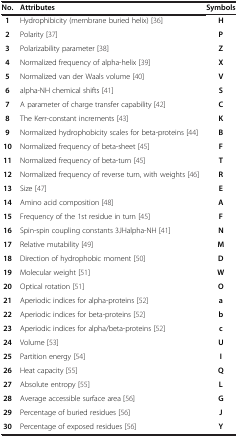
<table><thead><tr><td><b>No.</b></td><td><b>Attributes</b></td><td><b>Symbols</b></td></tr></thead><tbody><tr><td><b>1</b></td><td>Hydrophibicity (membrane buried helix) [36]</td><td><b>H</b></td></tr><tr><td><b>2</b></td><td>Polarity [37]</td><td><b>P</b></td></tr><tr><td><b>3</b></td><td>Polarizability parameter [38]</td><td><b>Z</b></td></tr><tr><td><b>4</b></td><td>Normalized frequency of alpha-helix [39]</td><td><b>X</b></td></tr><tr><td><b>5</b></td><td>Normalized van der Waals volume [40]</td><td><b>V</b></td></tr><tr><td><b>6</b></td><td>alpha-NH chemical shifts [41]</td><td><b>S</b></td></tr><tr><td><b>7</b></td><td>A parameter of charge transfer capability [42]</td><td><b>C</b></td></tr><tr><td><b>8</b></td><td>The Kerr-constant increments [43]</td><td><b>K</b></td></tr><tr><td><b>9</b></td><td>Normalized hydrophobicity scales for beta-proteins [44]</td><td><b>B</b></td></tr><tr><td><b>10</b></td><td>Normalized frequency of beta-sheet [45]</td><td><b>F</b></td></tr><tr><td><b>11</b></td><td>Normalized frequency of beta-turn [45]</td><td><b>T</b></td></tr><tr><td><b>12</b></td><td>Normalized frequency of reverse turn, with weights [46]</td><td><b>R</b></td></tr><tr><td><b>13</b></td><td>Size [47]</td><td><b>E</b></td></tr><tr><td><b>14</b></td><td>Amino acid composition [48]</td><td><b>A</b></td></tr><tr><td><b>15</b></td><td>Frequency of the 1st residue in turn [45]</td><td><b>F</b></td></tr><tr><td><b>16</b></td><td>Spin-spin coupling constants 3JHalpha-NH [41]</td><td><b>N</b></td></tr><tr><td><b>17</b></td><td>Relative mutability [49]</td><td><b>M</b></td></tr><tr><td><b>18</b></td><td>Direction of hydrophobic moment [50]</td><td><b>D</b></td></tr><tr><td><b>19</b></td><td>Molecular weight [51]</td><td><b>W</b></td></tr><tr><td><b>20</b></td><td>Optical rotation [51]</td><td><b>O</b></td></tr><tr><td><b>21</b></td><td>Aperiodic indices for alpha-proteins [52]</td><td><b>a</b></td></tr><tr><td><b>22</b></td><td>Aperiodic indices for beta-proteins [52]</td><td><b>b</b></td></tr><tr><td><b>23</b></td><td>Aperiodic indices for alpha/beta-proteins [52]</td><td><b>c</b></td></tr><tr><td><b>24</b></td><td>Volume [53]</td><td><b>U</b></td></tr><tr><td><b>25</b></td><td>Partition energy [54]</td><td><b>I</b></td></tr><tr><td><b>26</b></td><td>Heat capacity [55]</td><td><b>Q</b></td></tr><tr><td><b>27</b></td><td>Absolute entropy [55]</td><td><b>L</b></td></tr><tr><td><b>28</b></td><td>Average accessible surface area [56]</td><td><b>G</b></td></tr><tr><td><b>29</b></td><td>Percentage of buried residues [56]</td><td><b>J</b></td></tr><tr><td><b>30</b></td><td>Percentage of exposed residues [56]</td><td><b>Y</b></td></tr></tbody></table>